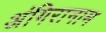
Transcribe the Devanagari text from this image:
अंगिरानाम